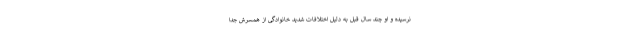
نرسیده و او چند سال قبل به دلیل اختلافات شدید خانوادگی از همسرش جدا